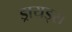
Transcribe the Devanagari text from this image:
ड्रायड्स